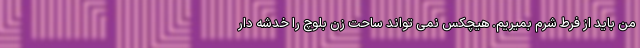
من باید از فرط شرم بمیریم. هیچکس نمی تواند ساحت زن بلوچ را خدشه دار